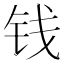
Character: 钱